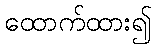
ထောက်ထား၍